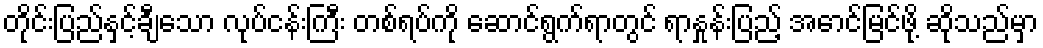
တိုင်းပြည်နှင့်ချီသော လုပ်ငန်းကြီး တစ်ရပ်ကို ဆောင်ရွက်ရာတွင် ရာနှုန်းပြည့် အောင်မြင်ဖို့ ဆိုသည်မှာ